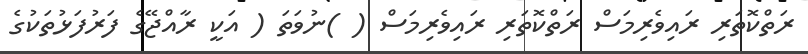
ރަތްކޮތަރި ރައިވެރިމަސް ރަތްކޮތަރި ރައިވެރިމަސް ( )ނުވަތަ ( އަކީ ރާއްޖޭގެ ފަރުފަޅުތަކުގެ